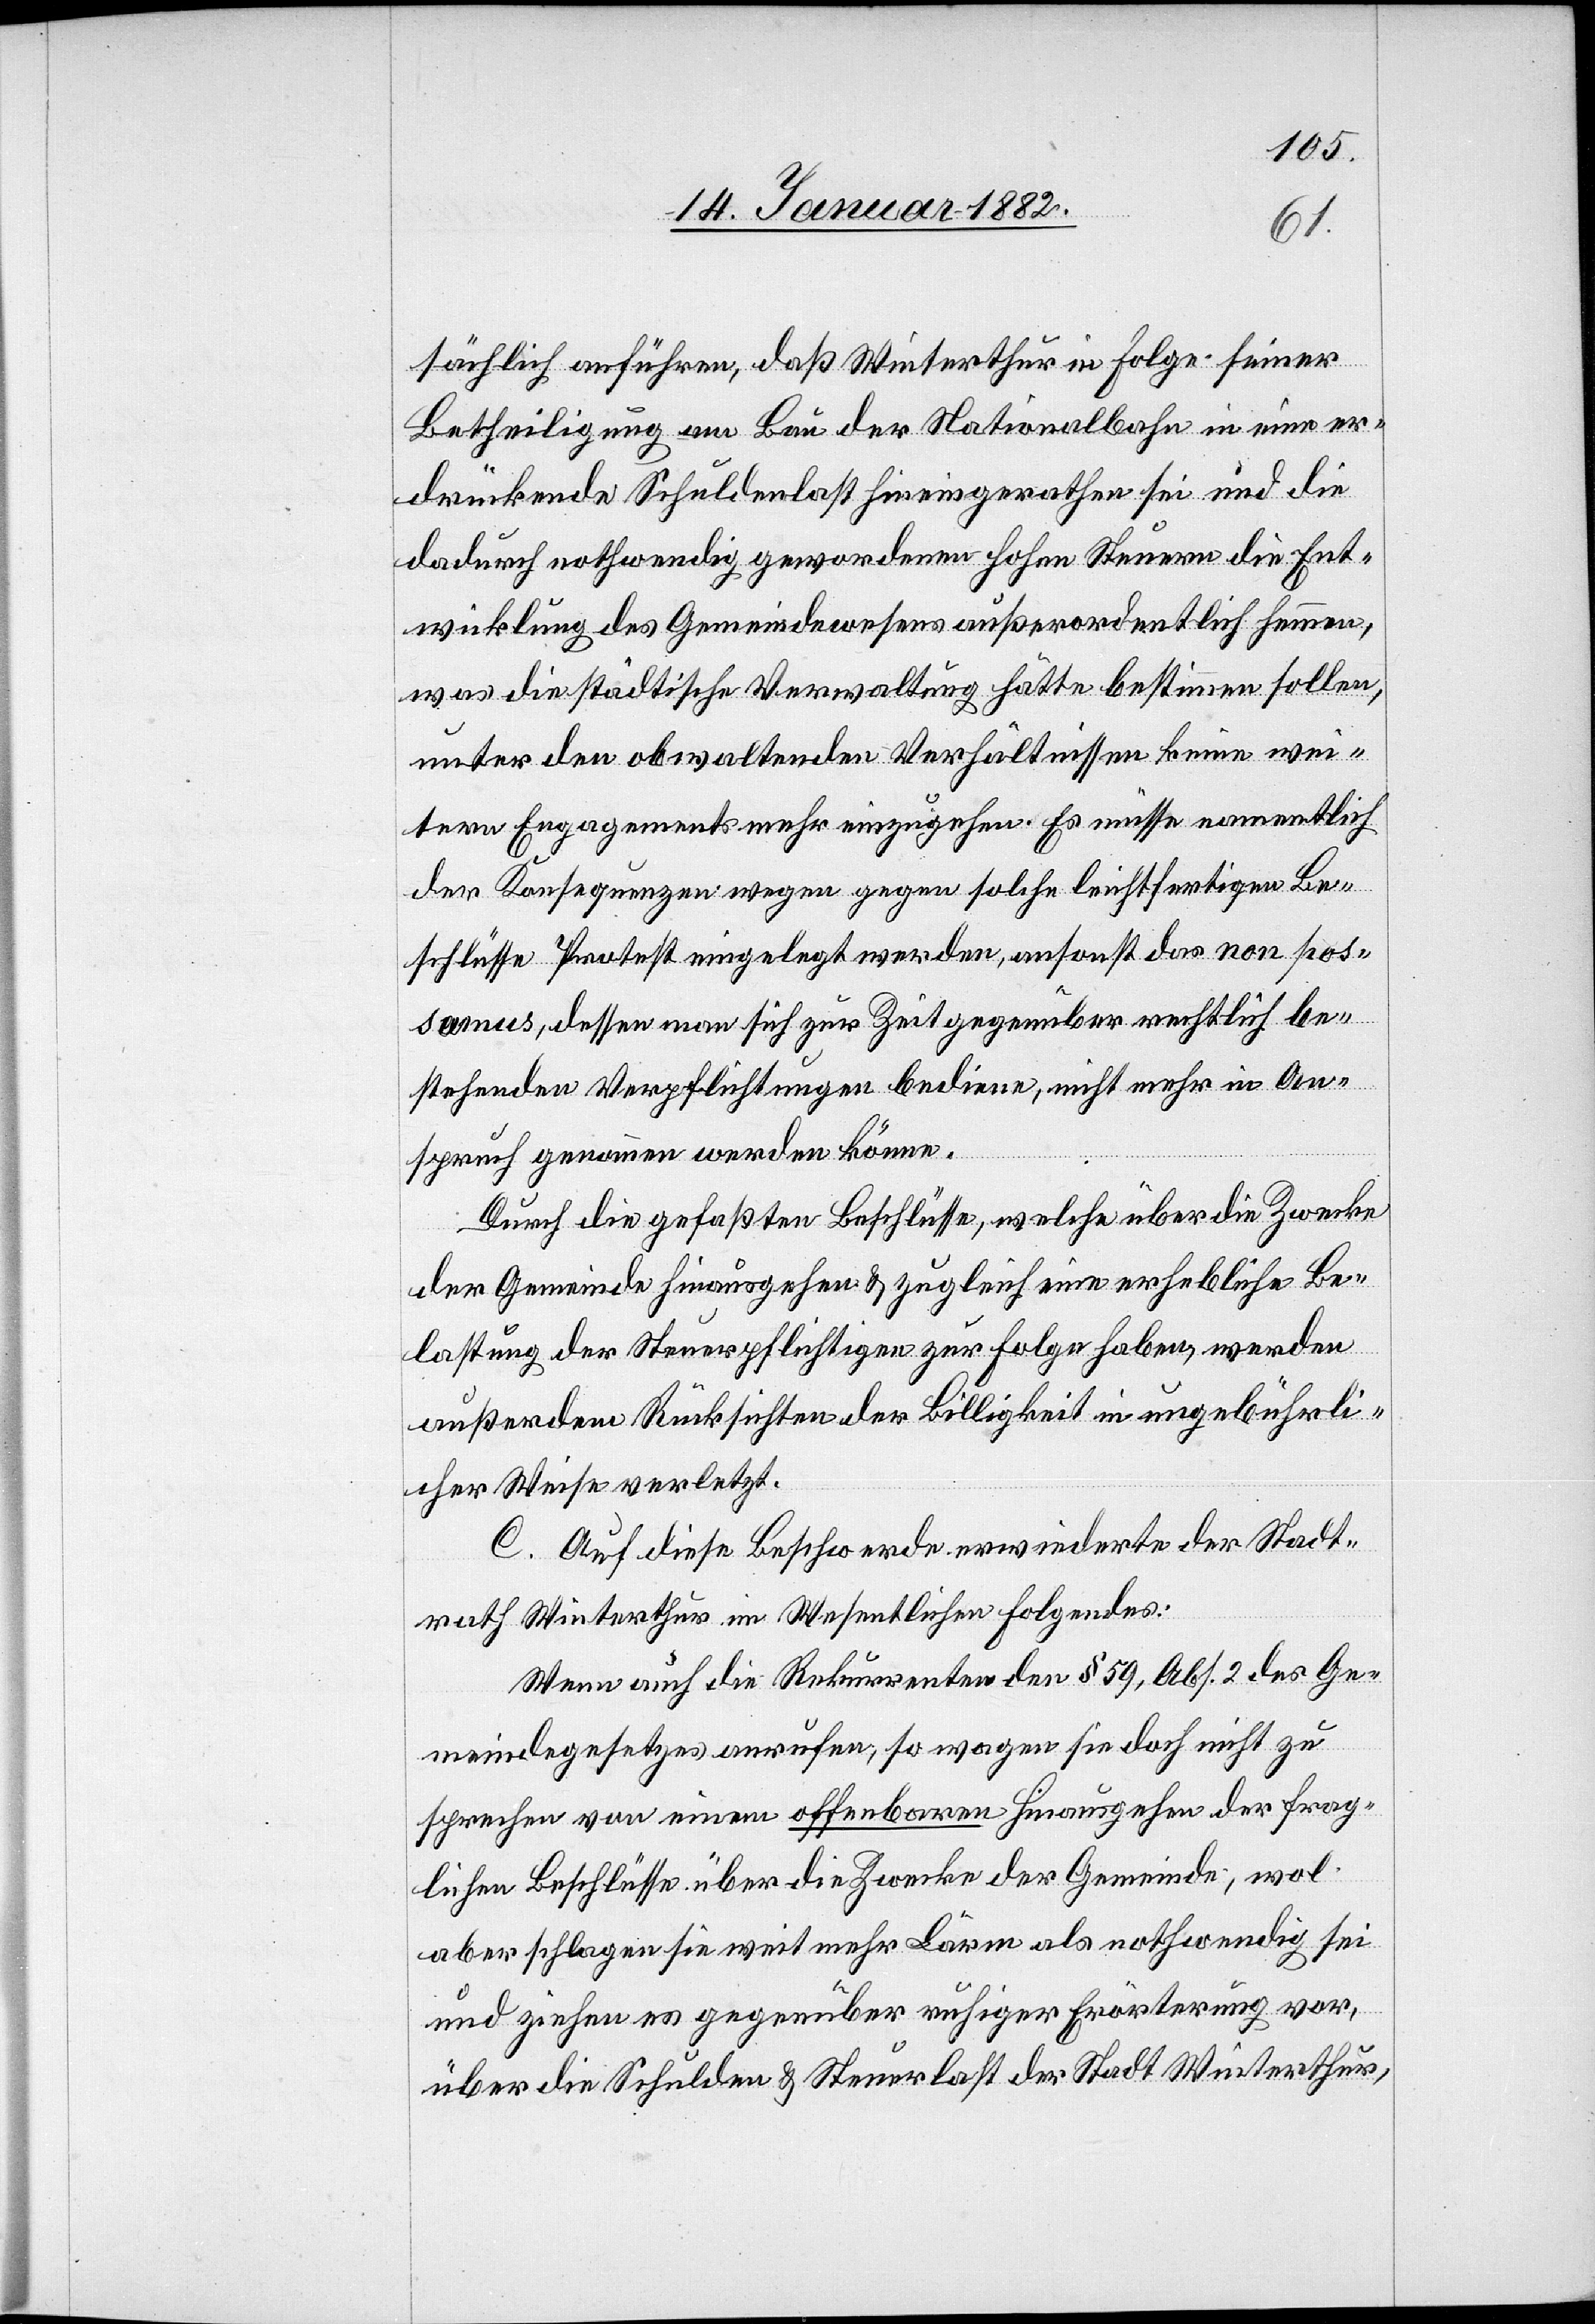
somus
sächlich anführen, daß Winterthur in Folge seiner
Betheiligung am Bau der Nationalbahn in eine er¬
drückende Schuldenlast hineingerathen sei und die
dadurch nothwendig gewordenen hohen Steuern die Ent¬
wicklung des Gemeindewesens außerordentlich hemmen,
was die städtische Verwaltung hätte bestimmen sollen,
unter den obwaltenden Verhältnissen keine wei¬
tere Engagements mehr einzugehen. Es müsse namentlich
der Konsequenzen wegen gegen solche leichtfertigen Be¬
schlüsse Protest eingelegt werden, ansonst das non pos¬
possumus], dessen man sich zur Zeit gegenüber rechtlich be¬
stehenden Verpflichtungen bediene, nicht mehr in An¬
spruch genommen werden könne.
Durch die gefaßten Beschlüsse, welche über die Zwecke
der Gemeinde hinausgehen & zugleich eine erhebliche Be¬
lastung der Steuerpflichtigen zur Folge haben, werden
außerdem Rücksichten der Billigkeit in ungebührli¬
cher Weise verletzt.
C. Auf diese Beschwerde erwiederte der Stadt¬
rath Winterthur im Wesentlichen folgendes:
Wenn auch die Rekurrenten den § 59, Abs. 2 des Ge¬
meindegesetzes anrufen, so wagen sie doch nicht zu
sprechen von einem offenbarem Hinausgehen der frag¬
lichen Beschlüsse über die Zwecke der Gemeinde; wol
aber schlagen sie weit mehr Lärm als nothwendig sei
und ziehen es gegenüber ruhiger Erörterung vor,
über die Schulden & Steuerlast der Stadt Winterthur,